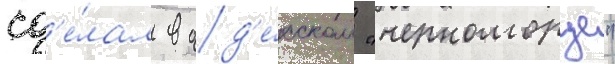
сд'е́лал в од'е́сском "черноморце"